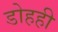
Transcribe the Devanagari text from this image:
डोहही